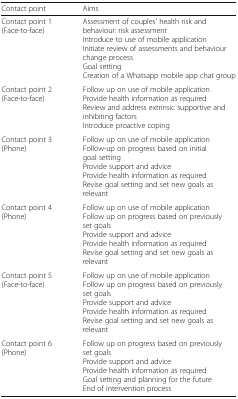
| Contact point | Aims |
 | --- | --- |
 | Contact point 1 (Face-to-face) | Assessment of couples’ health risk and behaviour: risk assessmentIntroduce to use of mobile applicationInitiate review of assessments and behaviour change processGoal settingCreation of a Whatsapp mobile app chat group |
 | Contact point 2 (Face-to-face) | Follow up on use of mobile applicationProvide health information as requiredReview and address extrinsic supportive and inhibiting factorsIntroduce proactive coping |
 | Contact point 3 (Phone) | Follow up on use of mobile applicationFollow-up on progress based on initial goal settingProvide support and adviceProvide health information as requiredRevise goal setting and set new goals as relevant |
 | Contact point 4 (Phone) | Follow up on use of mobile applicationFollow up on progress based on previously set goalsProvide support and adviceProvide health information as requiredRevise goal setting and set new goals as relevant |
 | Contact point 5 (Face-to-face) | Follow up on use of mobile applicationFollow up on progress based on previously set goalsProvide support and adviceProvide health information as requiredRevise goal setting and set new goals as relevant |
 | Contact point 6 (Phone) | Follow up on progress based on previously set goalsProvide support and adviceProvide health information as requiredGoal setting and planning for the futureEnd of intervention process |